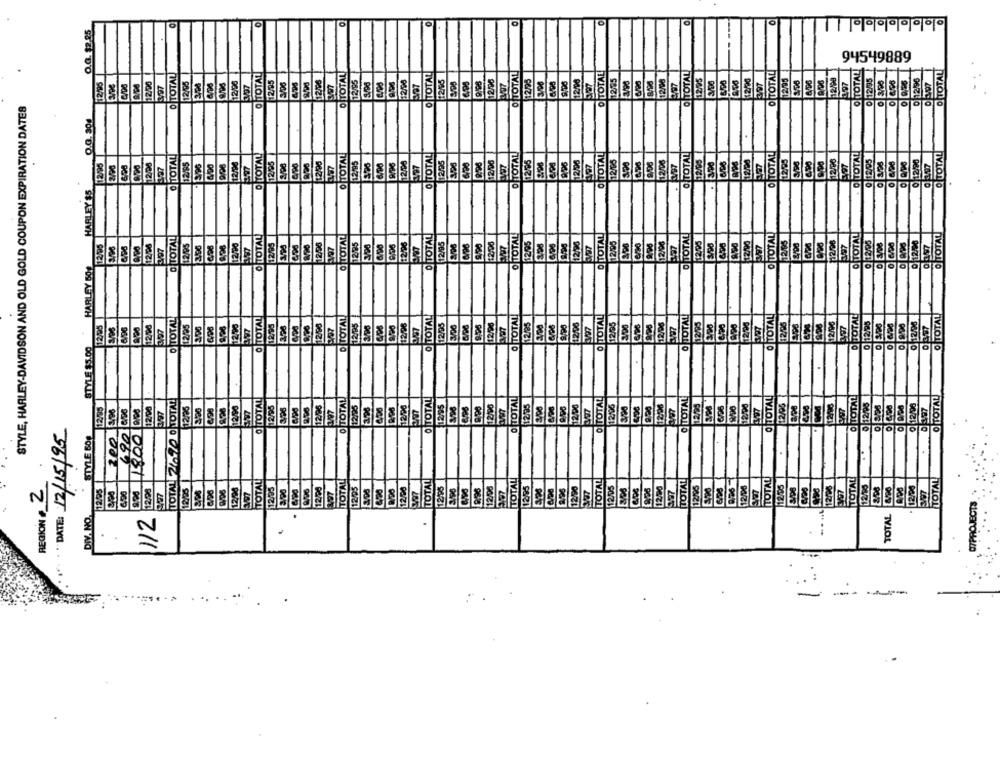
olelelelelelele __
O.G. $2.95
94549889
TOTAL
TOTAL
O TOTAL
12/95
12/00
12/95
12/0€
12/05
12/06
12/95
12/98
12/96
12/08
12/95
3/00
12/00
12/85
12/08
12/95
397
12/95
197
3/97
12
STYLE, HARLEY-DAVIDSON AND OLD GOLD COUPON EXPIRATION DATES
O
O
O.G. 304
O TOTAL
TOTAL
2/96
TOTAL
2/95
2/95
12/98
12/06
12/00
1.2/95
0 12/20
O TOTAL
12/95
12/05
307
12/98
3/96
12/95
HARLEY $5
O TOTAL
TOTAL
TOTAL
O TOTAL
12/95
12/20
12/98
12/96
2/95
12/05
V97
12/05
2,05
12/05
12/08
12/93
0 12/20
12/9
12/04
E
HARLEY BOS
O TOTAL
OTOTAL
TOTAL
TOTAL
TOTAL
O TOTAL
TOTAL
O TOTAL
12/95
6/96
12/96
12/95
12/06
2/95
12/95
12/06
12/05
12/05
0 12/25
0/12/05
HOT
STYLE $5.00
o
O TOTAL
TOTAL 27.90 0NOTAL
O TOTAL
12/05
TOTAL
TOTAL
O TOTAL
O TOTAL
TOTAL
12/96
O TOTAL
12/23
4,98
12/02
12/2
12/00
12/95
12/96
12.96
12/00
TOT
487
DATE: 12/15/95
1800
STYLE 50g
200
TOTALI
TOTAL
TOTAL
TOTAL
TOTAL
TOTAL
TOTAL
12/25
1.2/05
TOTAL
12/95
12/95
12/96
12/95
12/05
12/95
12/00
12/05
12/20
997
12/10
TOTAL
REGION # 2
12/28
12190
12/90
6/03
12/9
DIV. NO.
112
TOTAL
-